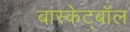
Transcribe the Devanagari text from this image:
बास्केट्बॉल